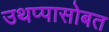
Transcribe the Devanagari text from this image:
उथप्पासोबत